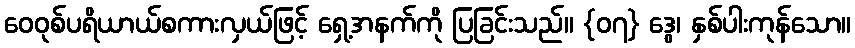
ဝေဝုစ်ပရိယာယ်စကားလှယ်ဖြင့် ရှေ့အနက်ကို ပြခြင်းသည်။ {၀၇} ဒွေ၊ နှစ်ပါးကုန်သော။